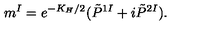
m ^ { I } = e ^ { - K _ { H } / 2 } ( \tilde { P } ^ { 1 I } + i \tilde { P } ^ { 2 I } ) .